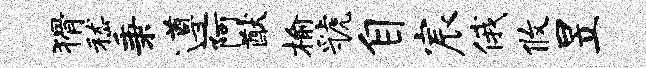
猾嵇秉遵阿猷榆虢自宸俄攸昱